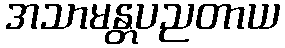
အသာမန္တပညတာယ